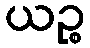
ယဉ္စ